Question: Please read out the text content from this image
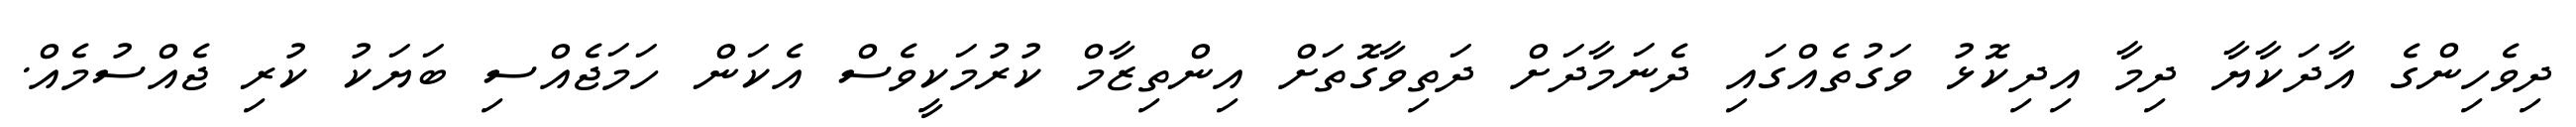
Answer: ދިވެހިންގެ އާދަކާޔާ ދިމާ އިދިކޮޅު ވަގުތެއްގައި ދެނަމާދަށް ދަތިވާގޮތަށް އިންތިޒާމް ކުރުމަކީވެސް އެކަން ހަމަޖެއްސި ބަޔަކު ކުރި ޖެއްސުމެއް.